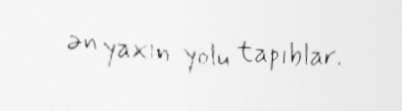
ən yaxın yolu tapıblar.